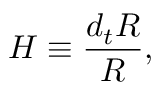
H \equiv { \frac { d _ { t } R } { R } } ,